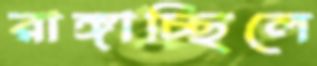
রাঙ্গাচ্ছিলে